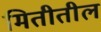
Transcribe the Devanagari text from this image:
मितीतील